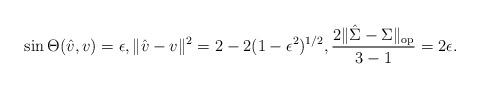
LaTeX: \begin{align*}\sin \Theta(\hat{v},v) = \epsilon, \|\hat{v} - v\|^2 = 2 - 2(1-\epsilon^2)^{1/2}, \frac{2\|\hat{\Sigma} - \Sigma\|_{\mathrm{op}}}{3-1} = 2\epsilon.\end{align*}